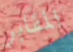
المقابر